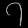
Digit: ၇